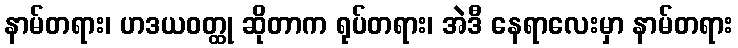
နာမ်တရား၊ ဟဒယဝတ္ထု ဆိုတာက ရုပ်တရား၊ အဲဒီ နေရာလေးမှာ နာမ်တရား